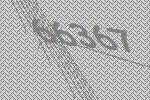
66367